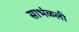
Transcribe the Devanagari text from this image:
साभंळली